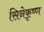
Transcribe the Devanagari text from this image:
सिनेकृष्ण